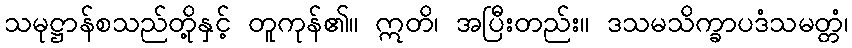
သမုဋ္ဌာန်စသည်တို့နှင့် တူကုန်၏။ ဣတိ၊ အပြီးတည်း။ ဒသမသိက္ခာပဒံသမတ္တံ၊